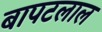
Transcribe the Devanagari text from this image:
बापटलाल